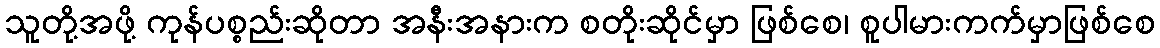
သူတို့အဖို့ ကုန်ပစ္စည်းဆိုတာ အနီးအနားက စတိုးဆိုင်မှာ ဖြစ်စေ၊ စူပါမားကက်မှာဖြစ်စေ